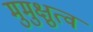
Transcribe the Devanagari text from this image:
मुमुक्षुत्व